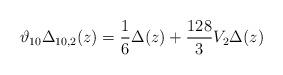
LaTeX: \begin{align*}\vartheta_{10} \Delta_{10, 2}(z) = \frac{1}{6} \Delta (z)+ \frac{128}{3} V_2\Delta(z)\end{align*}